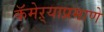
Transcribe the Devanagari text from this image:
कॅमेऱ्याप्रमाणे